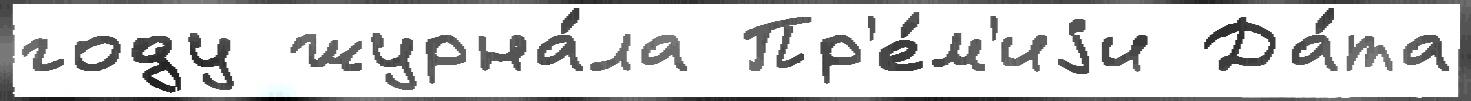
году журна́ла Пр'е́м'иjи Да́та